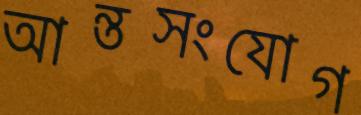
আন্তসংযোগ